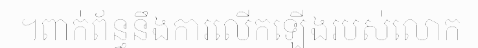
។ពាក់ព័ន្ធនឹងការលើកឡើងរបស់លោក